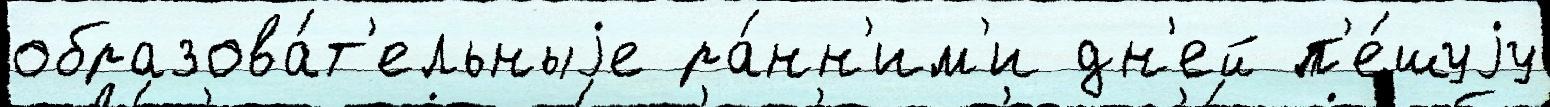
образова́т'ельныjе ра́нн'им'и дн'ей п'е́шуjу